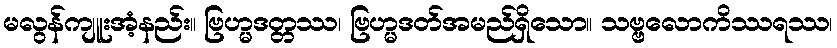
မလွန်ကျူးအံ့နည်း။ ဗြဟ္မဒတ္တဿ၊ ဗြဟ္မဒတ်အမည်ရှိသော။ သဗ္ဗလောကိဿရဿ၊